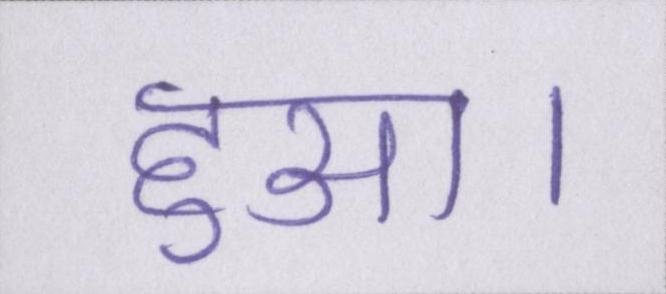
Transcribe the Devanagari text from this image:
हुआ।